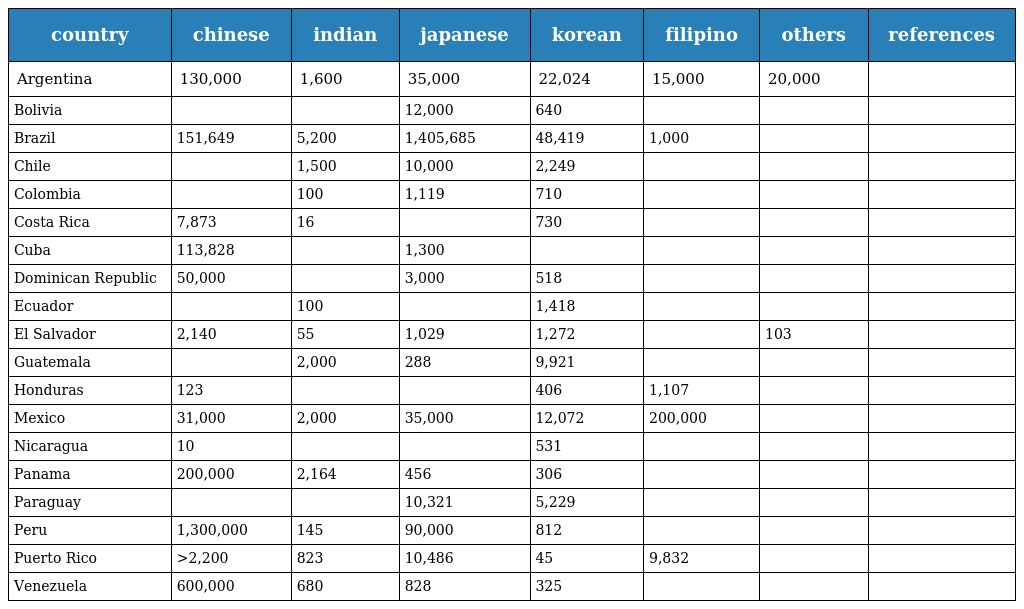
| country | chinese | indian | japanese | korean | filipino | others | references |
 | --- | --- | --- | --- | --- | --- | --- | --- |
 | Argentina | 130,000 | 1,600 | 35,000 | 22,024 | 15,000 | 20,000 |  |
 | Bolivia |  |  | 12,000 | 640 |  |  |  |
 | Brazil | 151,649 | 5,200 | 1,405,685 | 48,419 | 1,000 |  |  |
 | Chile |  | 1,500 | 10,000 | 2,249 |  |  |  |
 | Colombia |  | 100 | 1,119 | 710 |  |  |  |
 | Costa Rica | 7,873 | 16 |  | 730 |  |  |  |
 | Cuba | 113,828 |  | 1,300 |  |  |  |  |
 | Dominican Republic | 50,000 |  | 3,000 | 518 |  |  |  |
 | Ecuador |  | 100 |  | 1,418 |  |  |  |
 | El Salvador | 2,140 | 55 | 1,029 | 1,272 |  | 103 |  |
 | Guatemala |  | 2,000 | 288 | 9,921 |  |  |  |
 | Honduras | 123 |  |  | 406 | 1,107 |  |  |
 | Mexico | 31,000 | 2,000 | 35,000 | 12,072 | 200,000 |  |  |
 | Nicaragua | 10 |  |  | 531 |  |  |  |
 | Panama | 200,000 | 2,164 | 456 | 306 |  |  |  |
 | Paraguay |  |  | 10,321 | 5,229 |  |  |  |
 | Peru | 1,300,000 | 145 | 90,000 | 812 |  |  |  |
 | Puerto Rico | >2,200 | 823 | 10,486 | 45 | 9,832 |  |  |
 | Venezuela | 600,000 | 680 | 828 | 325 |  |  |  |